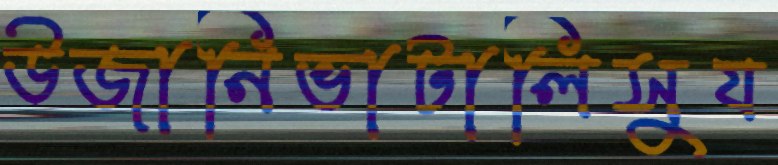
উজানিভাটালিসুয